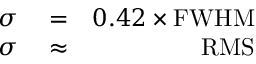
\begin{array} { r l r } { \sigma } & { { } = } & { 0 . 4 2 \times \mathrm { F W H M } } \\ { \sigma } & { { } \approx } & { \mathrm { R M S } } \end{array}